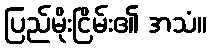
ပြည်မိုးငြိမ်း၏ အသံ။